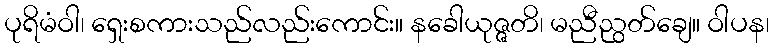
ပုရိမံဝါ၊ ရှေးစကားသည်လည်းကောင်း။ နခေါယုဇ္ဇတိ၊ မညီညွတ်ချေ။ ဝါပန၊